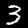
Digit: 3